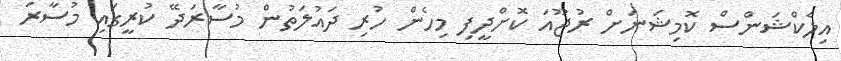
އިލެކްޝަންސް ކޮމިޝަނަށް ރުޖޫއަ ކޮށްދީފި މިހެން ހުރި ދައުލަތުން މުސާރަދޭ ކުރީގައި މުސާރަ